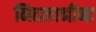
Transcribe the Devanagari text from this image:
निहलानींना